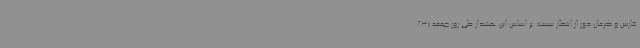
فارس و کرمان دور از انتظار نیست. بر اساس این هشدار طی روز جمعه (23